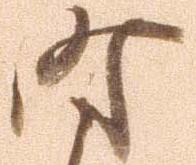
時